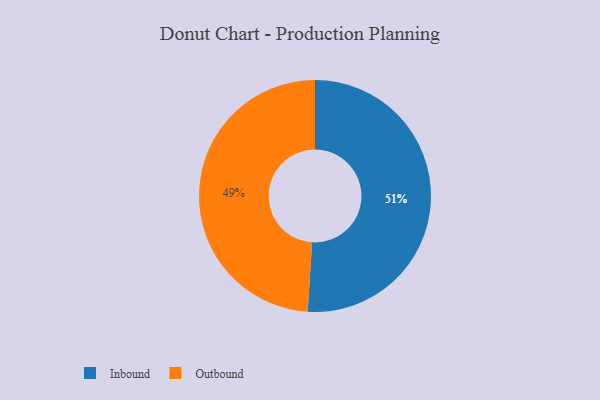
{"axis": {"x": "Category", "y": "Percentage"}, "legend": ["Inbound", "Outbound"], "data": [{"x": "Inbound", "y": 51, "type": "Inbound"}, {"x": "Outbound", "y": 49, "type": "Outbound"}]}